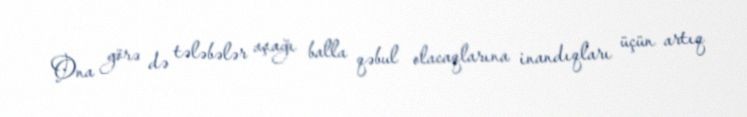
Ona görə də tələbələr aşağı balla qəbul olacaqlarına inandıqları üçün artıq